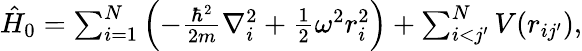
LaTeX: \begin{array}{r}{\hat{H}_{0}=\sum_{i=1}^{N}\left(-\frac{\hbar^{2}}{2m}\nabla_{i}^{2}+\frac{1}{2}\omega^{2}r_{i}^{2}\right)+\sum_{i<j^{\prime}}^{N}V(r_{ij^{\prime}}),}\end{array}